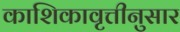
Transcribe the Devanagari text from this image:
काशिकावृत्तीनुसार